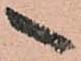
へ